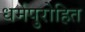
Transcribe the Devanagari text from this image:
धर्मपुरोहित